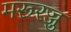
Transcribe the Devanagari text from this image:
मरूरज्जु